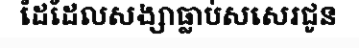
ដៃដែលសង្សាធ្លាប់សសេរជូន